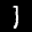
Digit: 7